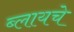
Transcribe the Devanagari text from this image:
ब्लायचे